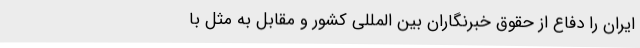
ایران را دفاع از حقوق خبرنگاران بین المللی کشور و مقابل به مثل با